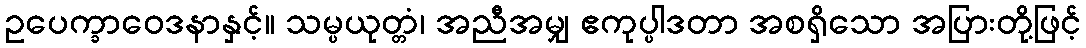
ဥပေက္ခာဝေဒနာနှင့်။ သမ္ပယုတ္တံ၊ အညီအမျှ ဧကုပ္ပါဒတာ အစရှိသော အပြားတို့ဖြင့်